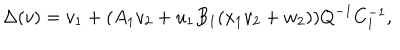
\Delta ( v ) = v _ { 1 } + ( A _ { 1 } v _ { 2 } + u _ { 1 } B _ { 1 } ( x _ { 1 } v _ { 2 } + w _ { 2 } ) ) Q ^ { - 1 } C _ { 1 } ^ { - 1 } ,